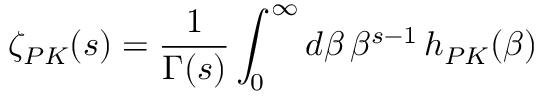
\zeta _ { P { \cal K } } ( s ) = \frac { 1 } { \Gamma ( s ) } \int _ { 0 } ^ { \infty } d \beta \, \beta ^ { s - 1 } \, h _ { P { \cal K } } ( \beta )